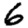
Digit: 6